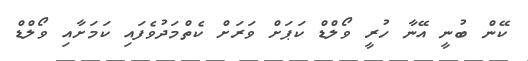
ކޭން ބުނީ އޭނާ ހުރީ ވޯލްޑް ކަޕަށް ވަރަށް ކެތްމަދުވެފައި ކަމަށާއި ވޯލްޑް